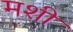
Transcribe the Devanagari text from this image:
मशी